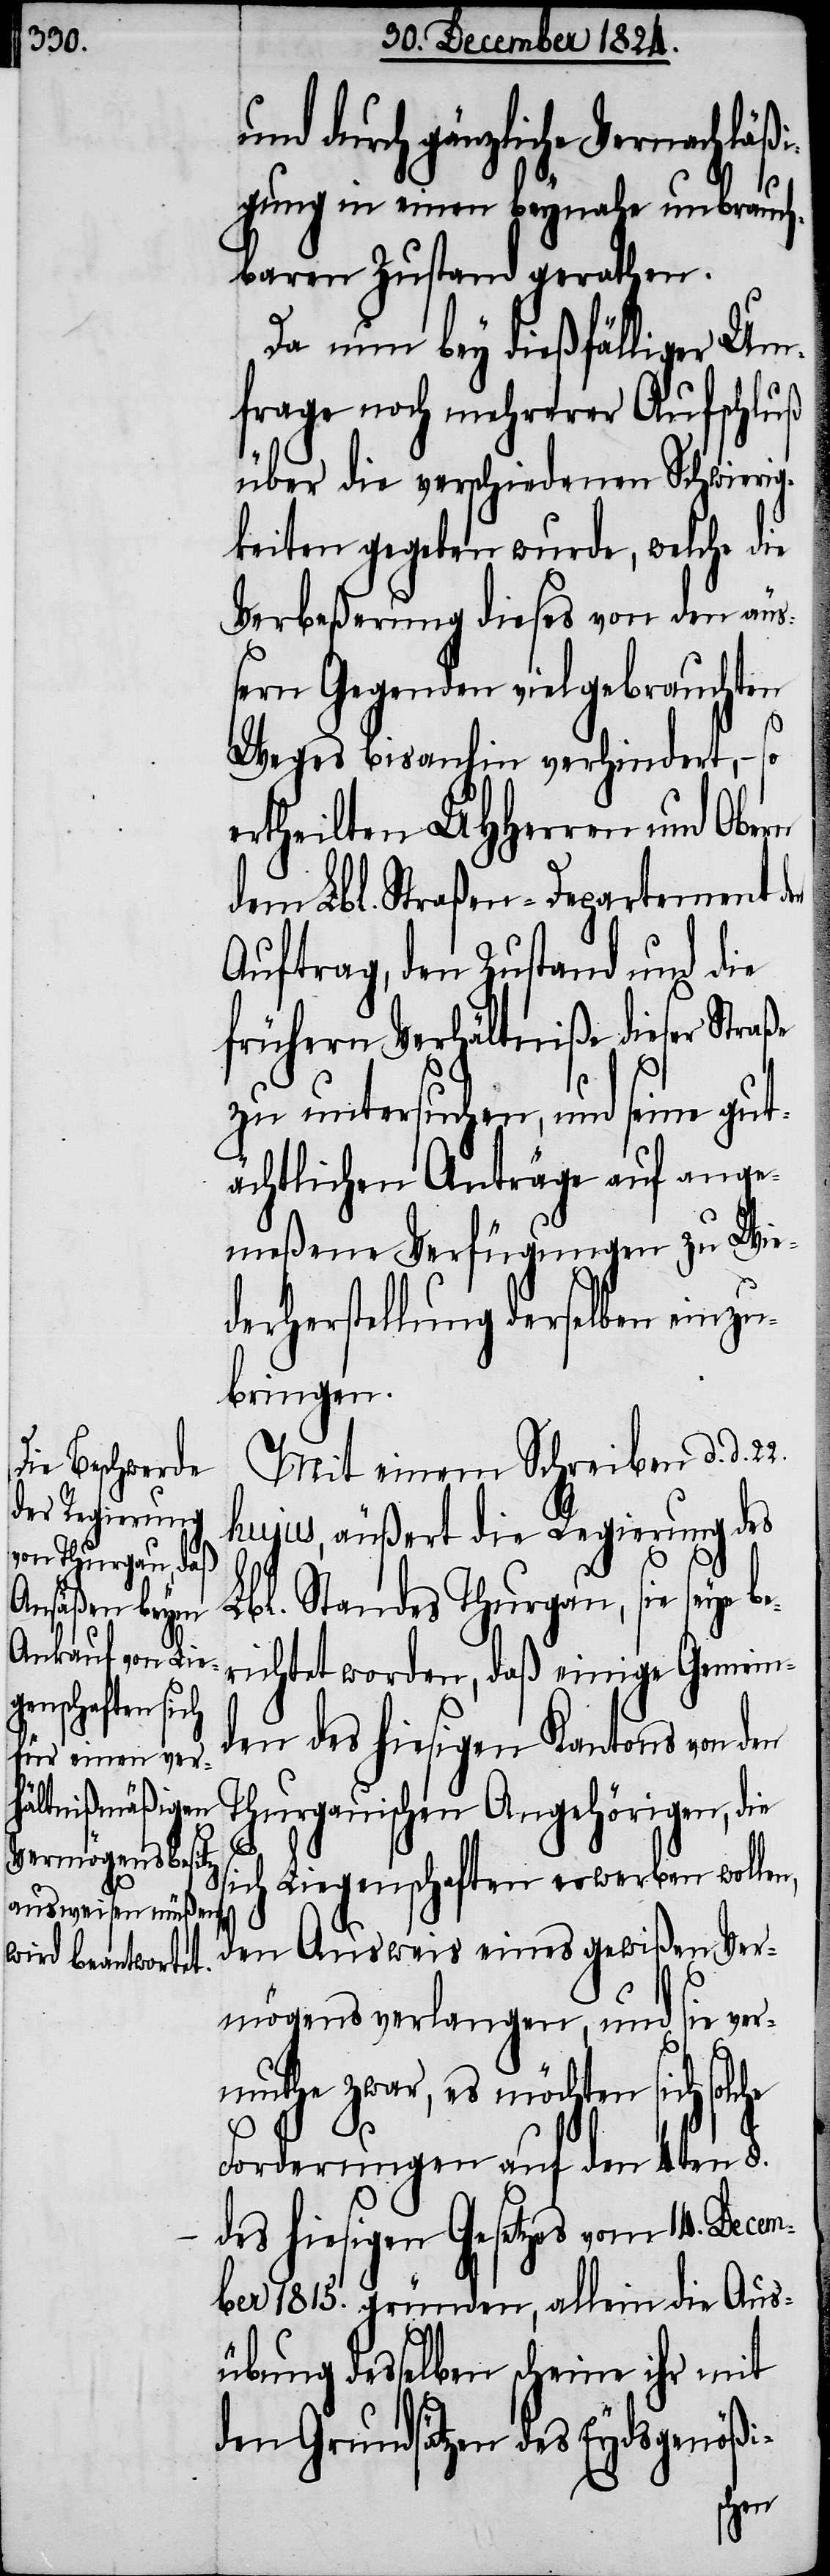
durch gänzliche Vernachlä¬
gung in einen beynahe unbrauch¬
baren Zustand gerathen.
Da nun bey dießfälliger Um¬
frage noch meherer Aufschluß
über die verschiedenen Schwierig¬
keiten gegeben wurde, welche die
Verbeßerung dieses von den äu¬
ßern Gegenden viel gebrauchten
Weges bis anhin verhindert, –
ertheilten UHHerren und Obern
dem Lbl. Straßen-Departement den
Auftrag, den Zustand und die
frühern Verhältniße dieser Straße
zu untersuchen, und seine gut¬
ächtlichen Anträge auf ange¬
meßene Verfügungen zu Wie¬
derherstellung derselben einzu¬
bringen.
Mit einem Schreiben d. d.
hujus, äußert die Regierung des
Lbl. Standes Thurgau, sie seye be¬
richtet worden, daß einige Gemein¬
den des hiesigen Kantons von den
Thurgauischen Angehörigen, die
sich Liegenschaften erwerben wollen,
den Ausweis eines gewißen Ver¬
mögens verlangen, und sie ver¬
muthe zwar, es möchten sich solc¬
he
Forderungen auf den 4ten §.
des hiesigen Gesetzes vom 14. Decem¬
ber 1815. gründen, allein die Aus¬
übung desselben scheine ihr mit
den Grundsätzen des Eydsgenößi-